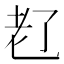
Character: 𬚊